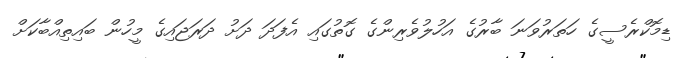
ޑިމޮކްރެސީގެ ހަތަރުވަނަ ބާރުގެ އަހުލުވެރިންގެ ގޮތުގައި އެފަދަ ދަށު ދަރަޖައިގެ މީހުން ބައިތިއްބާކަށް